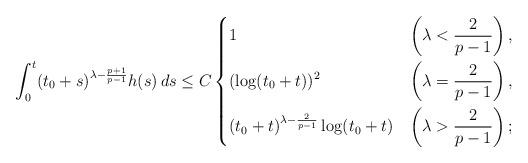
LaTeX: \begin{align*} \int_0^t (t_0 + s)^{\lambda - \frac{p+1}{p-1}}h(s) \,ds &\le C \begin{dcases} 1 &\left( \lambda < \frac{2}{p-1} \right),\\ (\log(t_0+t))^2 &\left( \lambda = \frac{2}{p-1} \right),\\ (t_0+t)^{\lambda - \frac{2}{p-1}} \log(t_0+t) &\left( \lambda > \frac{2}{p-1} \right); \end{dcases}\end{align*}